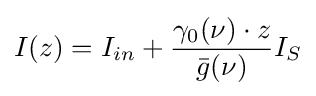
I(z)=I_{in}+{\gamma _{0}(\nu )\cdot z \over {\bar {g}}(\nu )}I_{S}